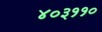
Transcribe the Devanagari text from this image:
४०३११०